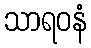
သာရဝနံ